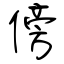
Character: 傍